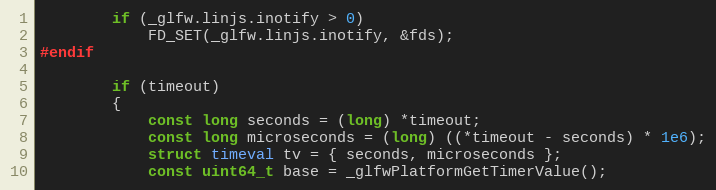
Language: C
        if (_glfw.linjs.inotify > 0)
            FD_SET(_glfw.linjs.inotify, &fds);
#endif

        if (timeout)
        {
            const long seconds = (long) *timeout;
            const long microseconds = (long) ((*timeout - seconds) * 1e6);
            struct timeval tv = { seconds, microseconds };
            const uint64_t base = _glfwPlatformGetTimerValue();